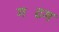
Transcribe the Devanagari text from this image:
गटिंग